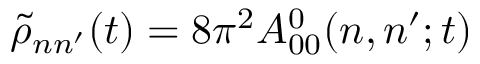
\tilde { \rho } _ { n n ^ { \prime } } ( t ) = 8 \pi ^ { 2 } A _ { 0 0 } ^ { 0 } ( n , n ^ { \prime } ; t )